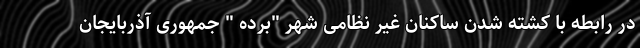
در رابطه با کشته شدن ساکنان غیر نظامی شهر "برده " جمهوری آذربایجان